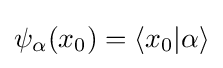
\psi _{\alpha }(x_{0})=\langle x_{0}|\alpha \rangle